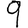
Digit: 9